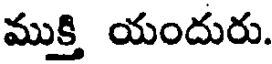
ముక్తి యందురు.